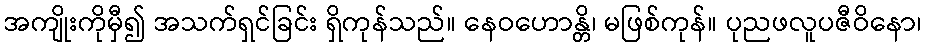
အကျိုးကိုမှီ၍ အသက်ရှင်ခြင်း ရှိကုန်သည်။ နေဝဟောန္တိ၊ မဖြစ်ကုန်။ ပုညဖလူပဇီဝိနော၊